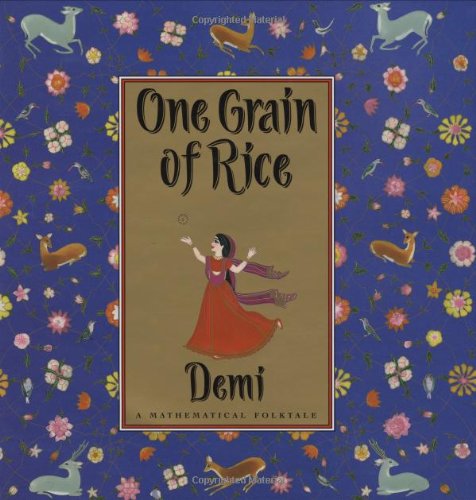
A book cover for One Grain Of Rice: A Mathematical Folktale; Demi; Science & Math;